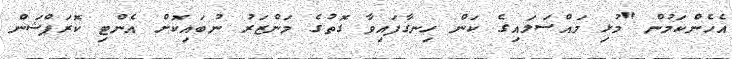
އެހެންކަމުން "މުޅި މައްސަލައިގެ ކަން ހިނގާފައިވާ ގޮތުގެ މަންޒަރު ނުބައިކޮށް އެންޓި ކޮރަޕްޝަން